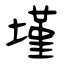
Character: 墐